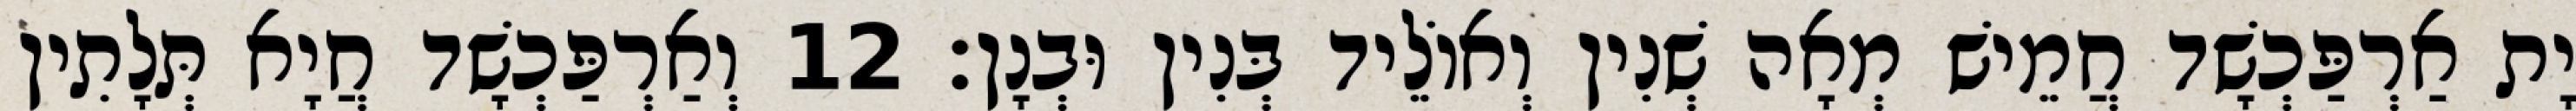
יָת אַרְפַּכְשָׁד חֲמֵישׁ מְאָה שְׁנִין וְאוֹלֵיד בְּנִין וּבְנָן׃ 12 וְאַרְפַּכְשָׁד חֲיָא תְּלָתִין